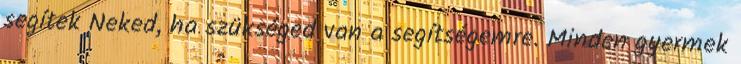
segítek Neked, ha szükséged van a segítségemre. Minden gyermek